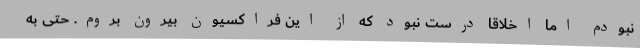
نبودم اما اخلاقاً درست نبود که از این فراکسیون بیرون بروم. حتی به